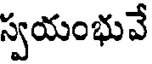
స్వయంభువే